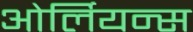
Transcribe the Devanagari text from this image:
ओर्लियन्स